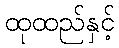
ထုထည်နှင့်